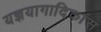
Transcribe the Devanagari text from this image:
यज्ञयागादिकांस